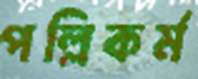
পল্লিকর্ম